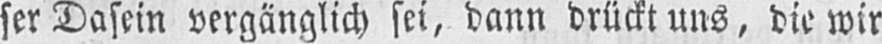
ser Dasein vergänglich sei, dann drückt uns, die wir